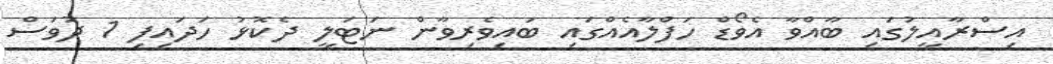
އިސްރާއީލުގައި ބާއްވާ އެވޯޑް ހަފްލާއެއްގައި ބައިވެރިވާން ނަޓަލީ ދެކޮޅު ހަދައިފި 1 ދުވަސް